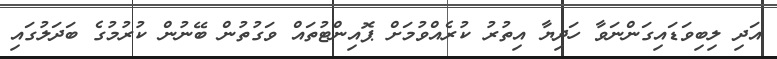
އަދި ލިބިވަޑައިގަންނަވާ ހަދިޔާ އިތުރު ކުރެއްވުމަށް ޕޮއިންޓުތައް ވަގުތުން ބޭނުން ކުރުމުގެ ބަދަލުގައި